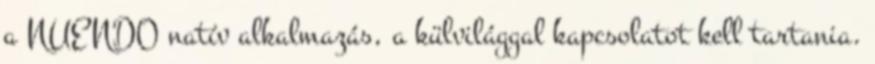
a NUENDO natív alkalmazás, a külvilággal kapcsolatot kell tartania.